Indian journal of veterinary science and animal husbandry - Volumes 24-25, 1954-1955
Year: 1954
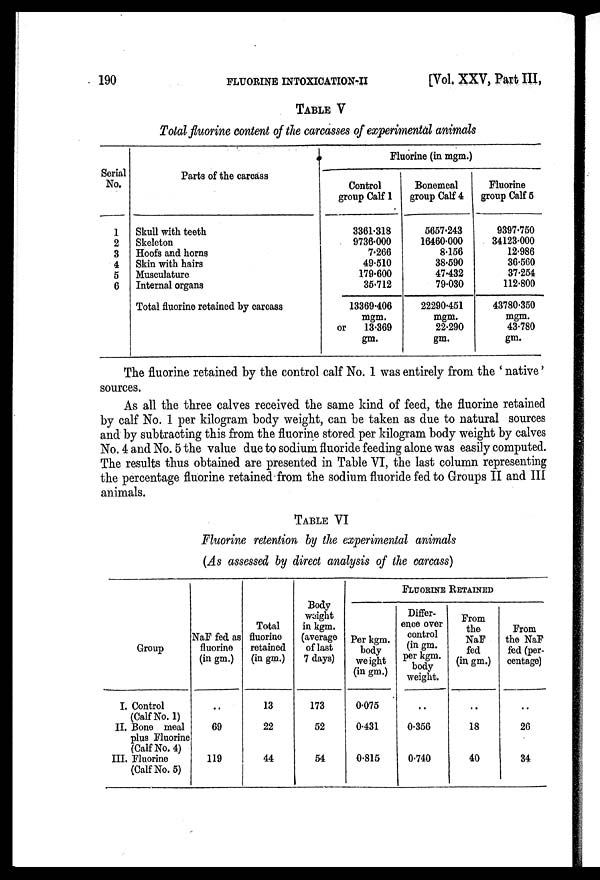
190
FLUORINE INTOXICATION-II
[Vol. XXV, Part III,
TABLE V
Total fluorine content of the carcasses of experimental animals
Serial
No.
1
2
3
4
5
6
Parts of the carcass
Skull with teeth
Skeleton
Hoofs and horns
Skin with hairs
Musculature
Internal organs
Total fluorine retained by carcass
Fluorine (in mgm.)
Control
group Calf 1
3361.318
9736.000
7.266
49.510
179.600
35.712
13369.406
mgm.
or
13.369
gm.
Bonemeal
group Calf 4
5657.243
16460.000
8.156
38.590
47.432
79.030
22290.451
mgm.
22.290
gm.
Fluorine
group Calf 5
9397.750
34123.000
12.986
36.560
37.254
112.800
43780.350
mgm.
43.780
gm.
The fluorine retained by the control calf No. 1 was entirely from the 'native'
sources.
As all the three calves received the same kind of feed, the fluorine retained
by calf No. 1 per kilogram body weight, can be taken as due to natural sources
and by subtracting this from the fluorine stored per kilogram body weight by calves
No. 4 and No. 5 the value due to sodium fluoride feeding alone was easily computed.
The results thus obtained are presented in Table VI, the last column representing
the percentage fluorine retained from the sodium fluoride fed to Groups II and III
animals.
TABLE VI
Fluorine retention by the experimental animals
(As assessed by direct analysis of the carcass)
Group
I. Control
(Calf No. 1)
II. Bone meal
plus Fluorine
(Calf No. 4)
III. Fluorine
(Calf No. 5)
NaF fed as
fluorine
(in gm.)
..
69
119
Total
fluorine
retained
(in gm.)
13
22
44
Body
weight
in kgm.
(average
of last
7 days)
173
52
54
FLUORINE RETAINED
Per kgm.
body
weight
(in gm.)
0.075
0.431
0.815
Difference over
control
(in gm.
per kgm.
body
weight.
..
0.356
0.740
From
the NaF
fed
(in gm.)
..
18
40
From
the NaF
fed (per-
centage)
..
26
34